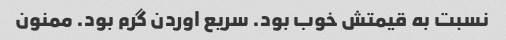
نسبت به قیمتش خوب بود. سریع اوردن گرم بود. ممنون